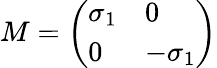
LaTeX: M=\left(\begin{array}{ll}{{\sigma_{1}}}&{{0}}\\ {{0}}&{{-\sigma_{1}}}\end{array}\right)